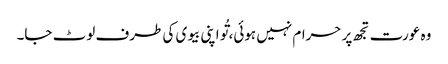
وہ عورت تجھ پر حرام نہیں ہوئی، تُو اپنی بیوی کی طرف لوٹ جا۔